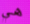
هي